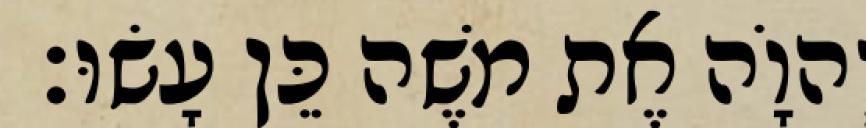
יְהוָֹה אֶת משֶׁה כֵּן עָשׂוּ׃